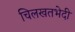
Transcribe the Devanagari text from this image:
चिलखतभेदी